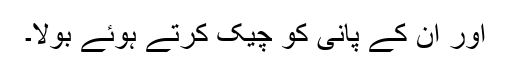
اور ان کے پانی کو چیک کرتے ہوئے بولا۔